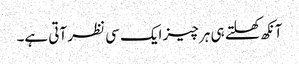
آنکھ کھلتے ہی ہر چیز ایک سی نظر آتی ہے۔